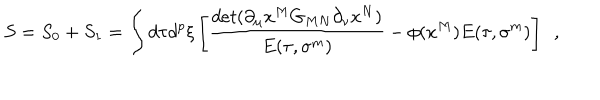
S = S _ { 0 } + S _ { 1 } = \int d \tau d ^ { p } \xi \left[ { \frac { d e t ( \partial _ { \mu } x ^ { M } G _ { M N } \partial _ { \nu } x ^ { N } ) } { E ( \tau , \sigma ^ { m } ) } } - { \phi ( x ^ { M } ) } E ( \tau , \sigma ^ { m } ) \right] ~ ~ ,